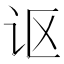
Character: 讴